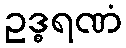
ဥဒ္ဓရဏံ